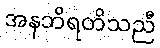
အနဘိရတိသညီ